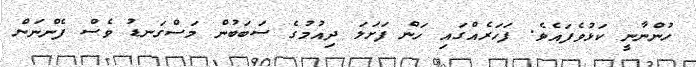
ހުންނާނީ ކަޅުވެފައެވެ. ފަހަރެއްގައި ހަން ފަށަލަ ދިއުމުގެ ސަބަބުން މަސްގަނޑު ވެސް ފެންނަން